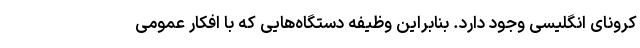
کرونای انگلیسی وجود دارد. بنابراین وظیفه دستگاه‌هایی که با افکار عمومی